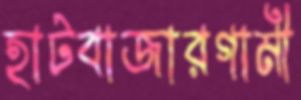
হাটবাজারগামী